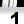
Digit: 1